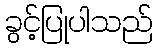
ခွင့်ပြုပါသည်